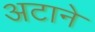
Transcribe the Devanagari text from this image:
अटाने